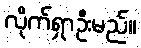
လိုက်ရှာဦးမည်။